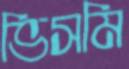
ভিসমি